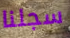
سجلنا